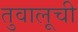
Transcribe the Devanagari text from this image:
तुवालूची